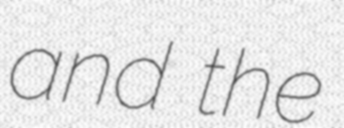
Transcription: and the